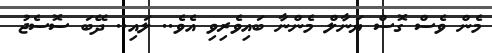
މެން ވެސް ގޮސް ޔަނާލް މެންނާ ބައިވެރިވި އެވެ.. ލައި.. ދޭބަ ސޮސެޖު